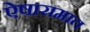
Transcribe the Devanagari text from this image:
ऐषारामात